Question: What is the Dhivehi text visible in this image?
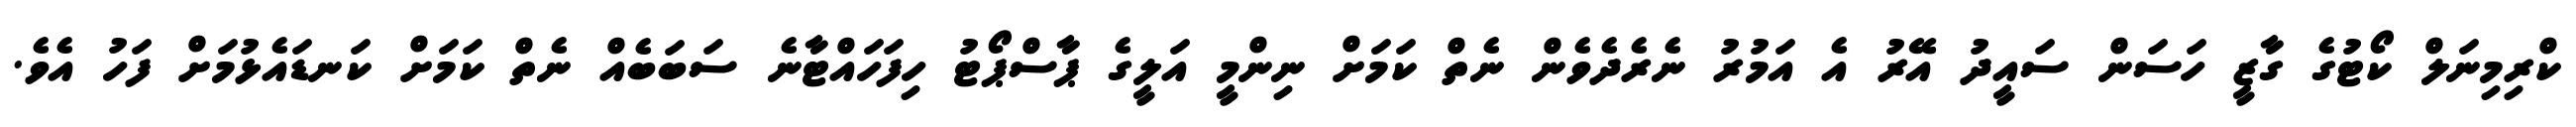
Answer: ކްރިމިނަލް ކޯޓުގެ ގާޒީ ހަސަން ސައީދު އޭރު އެ އަމުރު ނެރެދެވެން ނެތް ކަމަށް ނިންމީ އަލީގެ ޕާސްޕޯޓު ހިފަހައްޓާނެ ސަބަބެއް ނެތް ކަމަށް ކަނޑައެޅުމަށް ފަހު އެވެ.